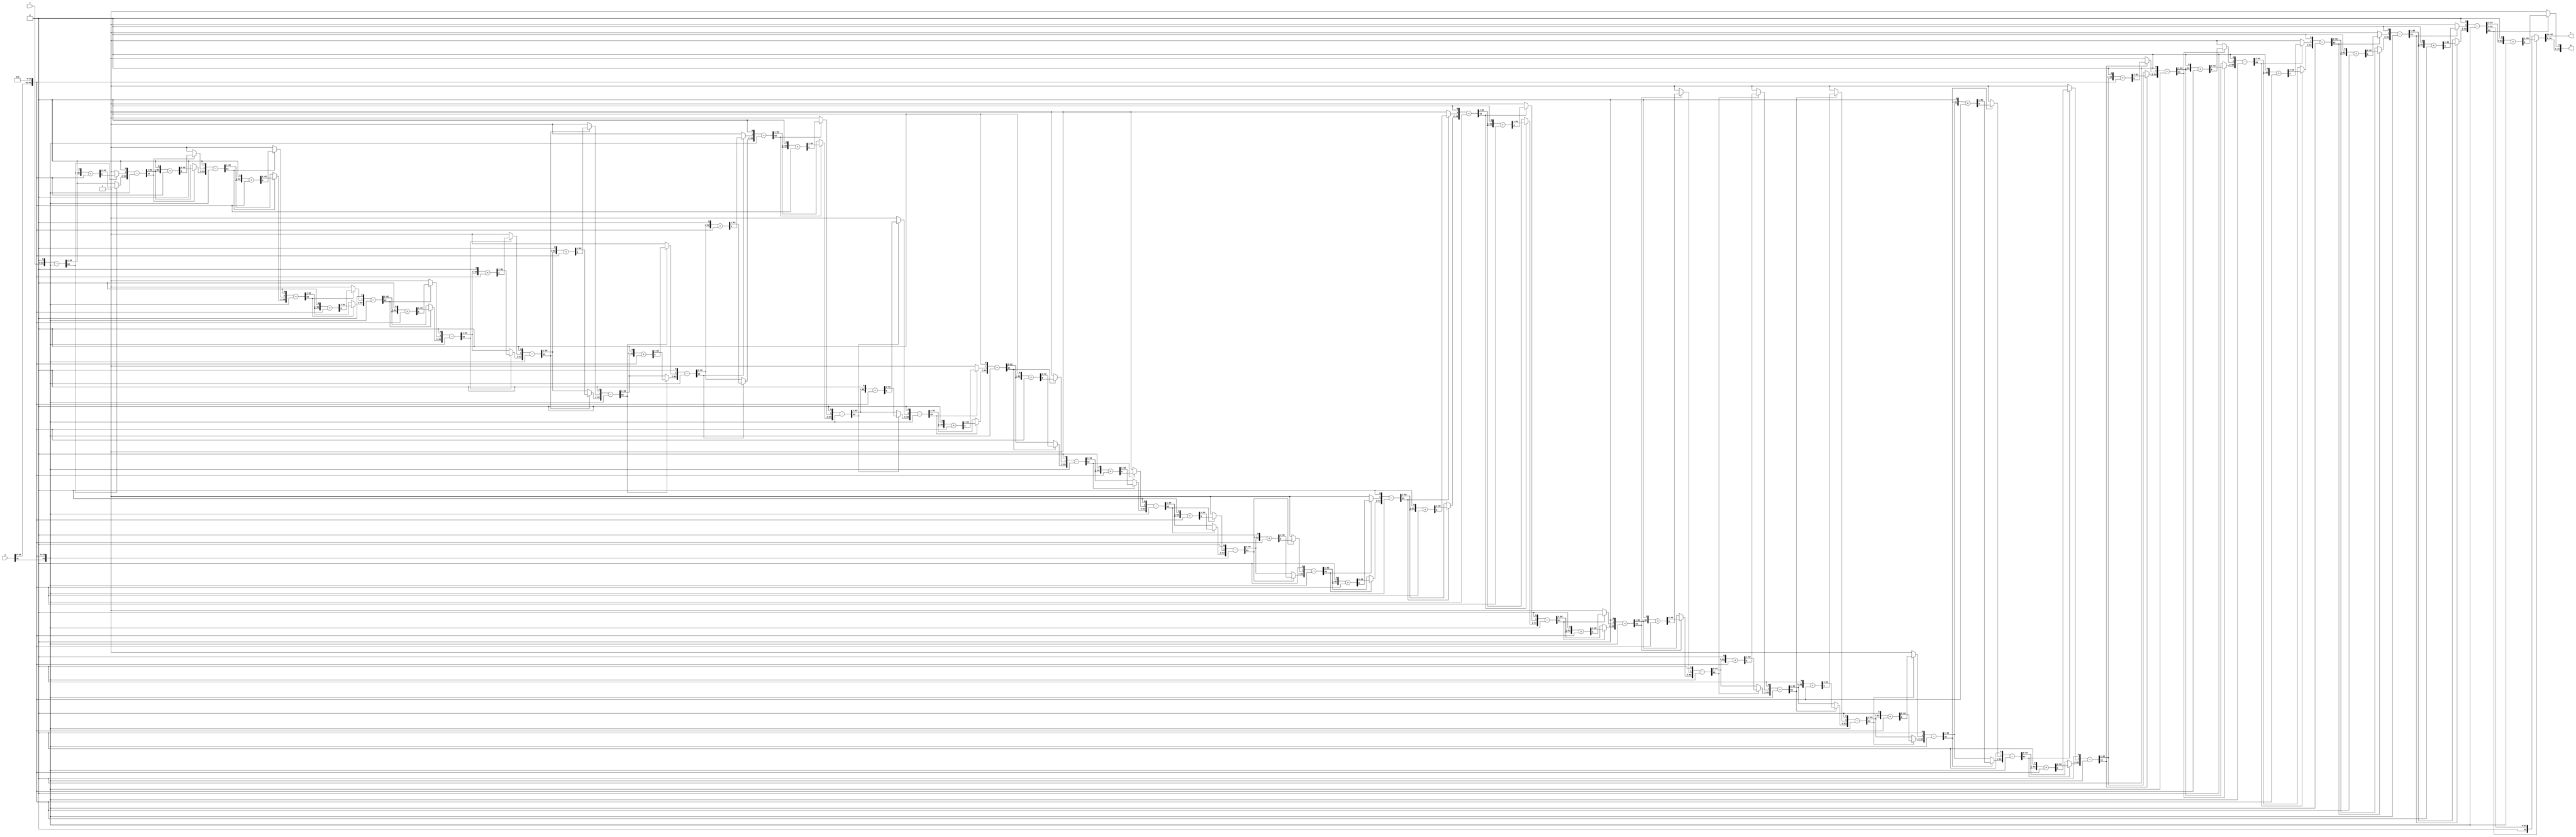
module rda_div
#(
    parameter WIDTH=32
)
(
    input [WIDTH-1:0] x,
    input [WIDTH-1:0] y,
    output reg [WIDTH-1:0] r,
    output reg [WIDTH-1:0] q
);

reg [2*WIDTH-1:0] A;
reg [2*WIDTH-1:0] D;

integer i;
always @(x or y) begin
    A = {{WIDTH{1'b0}},x};
    D = {y,{WIDTH{1'b0}}};
    for(i = 0; i < WIDTH; i = i + 1) begin
        A = A << 1;
        A = A - D;
        if(A[2*WIDTH-1]==1'b1) begin
            A[0] = 1'b0;
            A = A + D;//restore
        end
        else begin
            A[0] = 1'b1;
        end
    end
    r = A[2*WIDTH-1:WIDTH];
    q = A[WIDTH-1:0];
end

endmodule